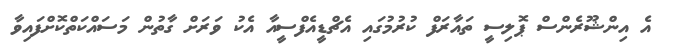
އެ އިންޝޫރެންސް ޕޮލިސީ ތައާރަފް ކުރުމުގައި އެޗްޑީއެފްސީއާ އެކު ވަރަށް ގާތުން މަސައްކަތްކޮށްފައިވާ